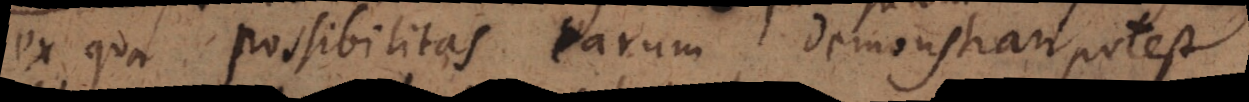
ex qua possibilitas earum demonstrari potest